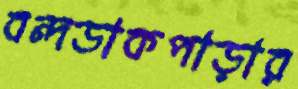
বন্দডাকপাড়ার